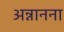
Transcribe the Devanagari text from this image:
अन्नानना